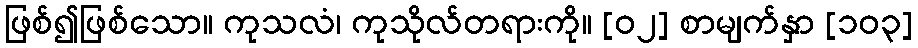
ဖြစ်၍ဖြစ်သော။ ကုသလံ၊ ကုသိုလ်တရားကို။ [၀၂] စာမျက်နှာ [၁၀၃]